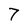
Character: 7